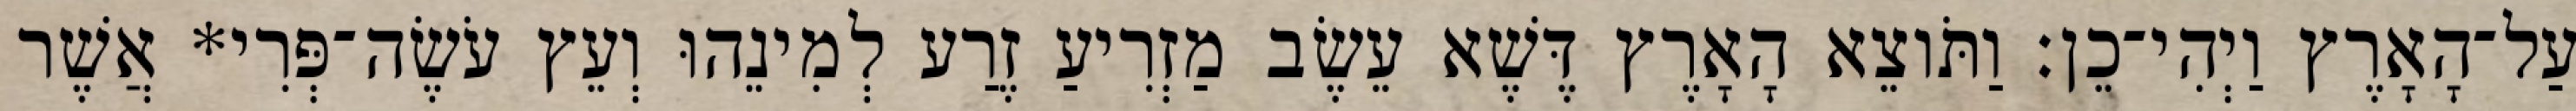
עַל־הָאָרֶץ וַיְהִי־כֵן׃ וַתֹּוצֵא הָאָרֶץ דֶּשֶׁא עֵשֶׂב מַזְרִיעַ זֶרַע לְמִינֵהוּ וְעֵץ עֹשֶׂה־פְּרִי* אֲשֶׁר